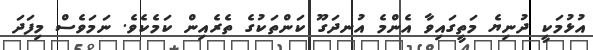
އުޅުމަކީ ދުނިޔެ މަތީގައިވާ އެންމެ އުނދަގޫ ކަންތަކުގެ ތެރެއިން ކަމެކެވެ. ނަމަވެސް މިފަދަ